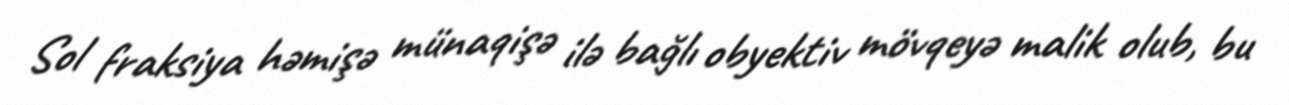
Sol fraksiya həmişə münaqişə ilə bağlı obyektiv mövqeyə malik olub, bu